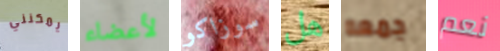
يمكنني لأعضاء سوزاكو هل جمعه نعم